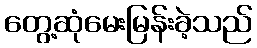
တွေ့ဆုံမေးမြန်းခဲ့သည်